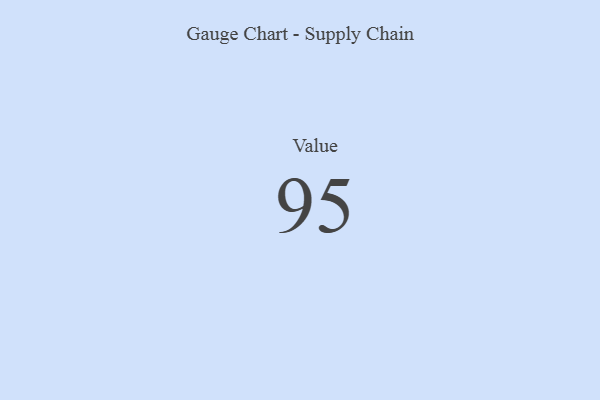
{"axis": {"x": "Metric", "y": "Value"}, "legend": [""], "data": [{"x": "Value", "y": 95, "type": ""}]}